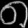
Digit: ၈